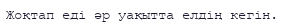
Жоқтап еді әр уақытта елдің кегін.